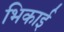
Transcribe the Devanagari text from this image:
भिकाई